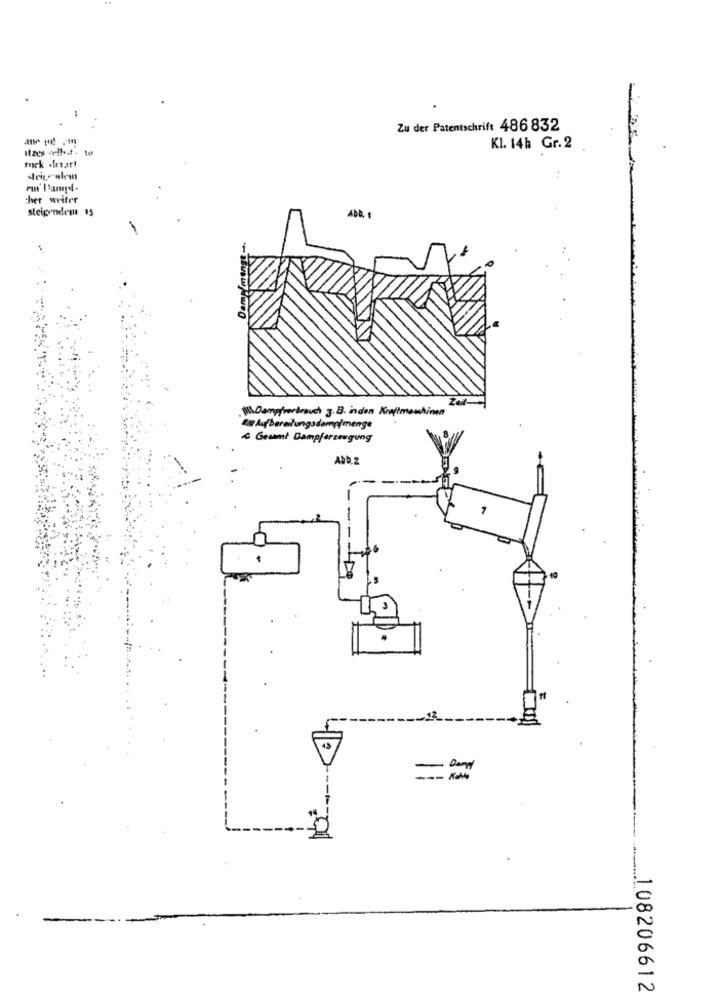
Zu der Patentschrift 486 832
Kl. 14h Gr. 2
rock .iearl
..
cher writer
steigendem 13
Zar
W.Dampferbrauch 3.B. inden Kreftmauhinen
In Aufbereitungsdampfmenge
& Gesamt Dampferzeugung
AND.2
108206612